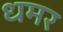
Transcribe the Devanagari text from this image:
धमर